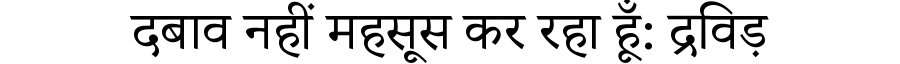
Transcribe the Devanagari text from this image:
दबाव नहीं महसूस कर रहा हूँ: द्रविड़